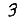
Digit: 3